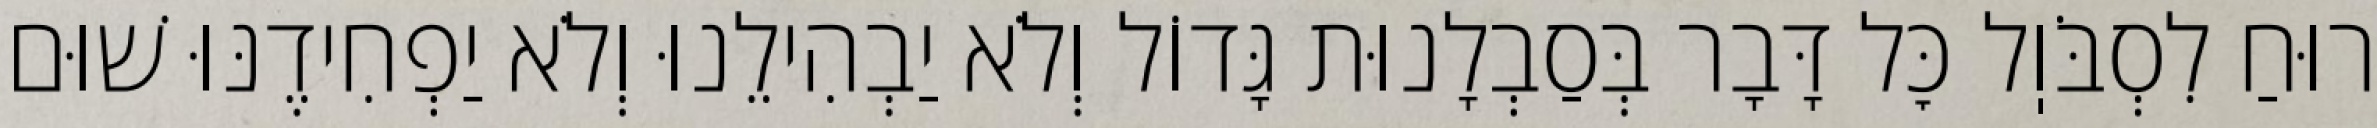
רוּחַ לִסְבֹּוֽל כׇּל דָּבָר בְּסַבְלָנוּת גָּדוֹל וְלֹא יַבְהִילֵנוּ וְלֹא יַפְחִידֶנּוּ שׁוּם